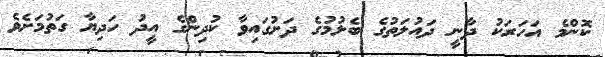
ކޮންމެ އަހަރަކު ދާނީ ދައުލަތުގެ ބެލުމުގެ ދަށުގައިވާ ކުދިންގެ އީދު ހަދިޔާ ގަތުމަށެވެ